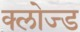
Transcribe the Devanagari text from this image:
क्‍लोज्‍ड